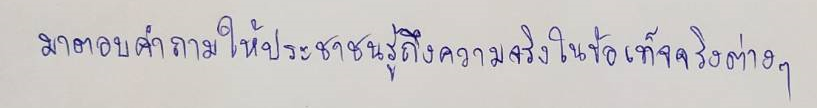
มาตอบคำถามให้ประชาชนรู้ถึงความจริงในข้อเท็จจริงต่างๆ